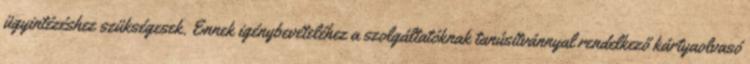
ügyintézéshez szükségesek. Ennek igénybevételéhez a szolgáltatóknak tanúsítvánnyal rendelkező kártyaolvasó